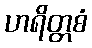
ဟရိတ္တစံ